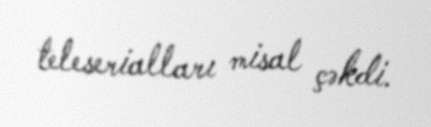
teleserialları misal çəkdi.